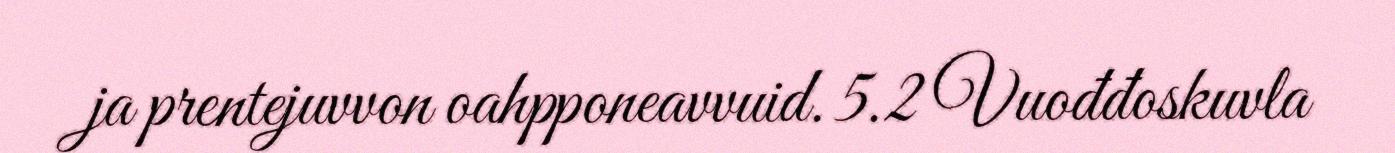
ja prentejuvvon oahpponeavvuid. 5.2 Vuođđoskuvla